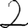
Digit: 2